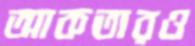
আকতারও